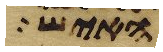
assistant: האיש